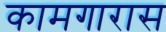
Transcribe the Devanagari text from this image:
कामगारास